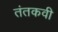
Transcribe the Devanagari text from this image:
तंतकवी